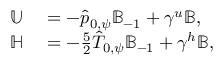
\begin{array} { r l } { \mathbb { U } } & { { } = - \hat { p } _ { 0 , \psi } \mathbb { B } _ { - 1 } + \gamma ^ { u } \mathbb { B } , } \\ { \mathbb { H } } & { { } = - \frac { 5 } { 2 } \hat { T } _ { 0 , \psi } \mathbb { B } _ { - 1 } + \gamma ^ { h } \mathbb { B } , } \end{array}